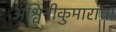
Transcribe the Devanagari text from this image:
अश्विनीकुमारांचा